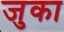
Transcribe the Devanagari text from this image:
जुका